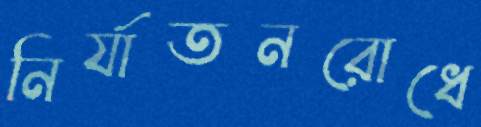
নির্যাতনরোধে